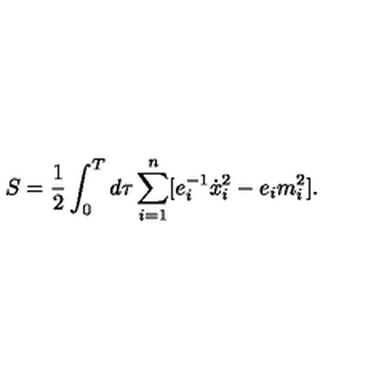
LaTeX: S = \frac 1 2 \int _ { 0 } ^ { T } d \tau \sum _ { i = 1 } ^ { n } [ e _ { i } ^ { - 1 } \dot { x } _ { i } ^ { 2 } - e _ { i } m _ { i } ^ { 2 } ] .